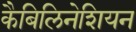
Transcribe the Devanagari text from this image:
कैबिलिनेशियन